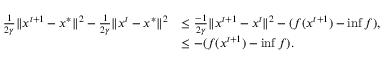
\begin{array} { r l } { \frac { 1 } { 2 \gamma } \Vert x ^ { t + 1 } - x ^ { * } \Vert ^ { 2 } - \frac { 1 } { 2 \gamma } \Vert x ^ { t } - x ^ { * } \Vert ^ { 2 } } & { \leq \frac { - 1 } { 2 \gamma } \Vert x ^ { t + 1 } - x ^ { t } \Vert ^ { 2 } - ( f ( x ^ { t + 1 } ) - \operatorname* { i n f } f ) , } \\ & { \leq - ( f ( x ^ { t + 1 } ) - \operatorname* { i n f } f ) . } \end{array}